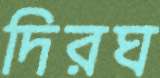
দিরঘ